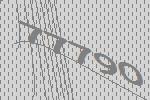
77790